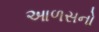
આળસનો